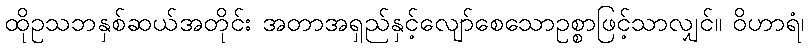
ထိုဥသဘနှစ်ဆယ်အတိုင်း အတာအရှည်နှင့်လျော်စေသောဥစ္စာဖြင့်သာလျှင်။ ဝိဟာရံ၊